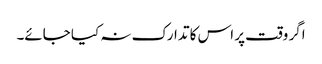
اگر وقت پر اس کا تدارک نہ کیا جائے۔